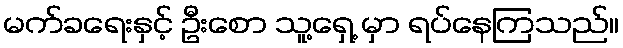
မက်ခရေးနှင့် ဦးစော သူ့ရှေ့ မှာ ရပ်နေကြသည်။